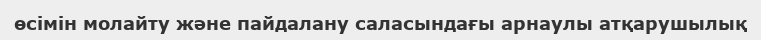
өсімін молайту және пайдалану саласындағы арнаулы атқарушылық